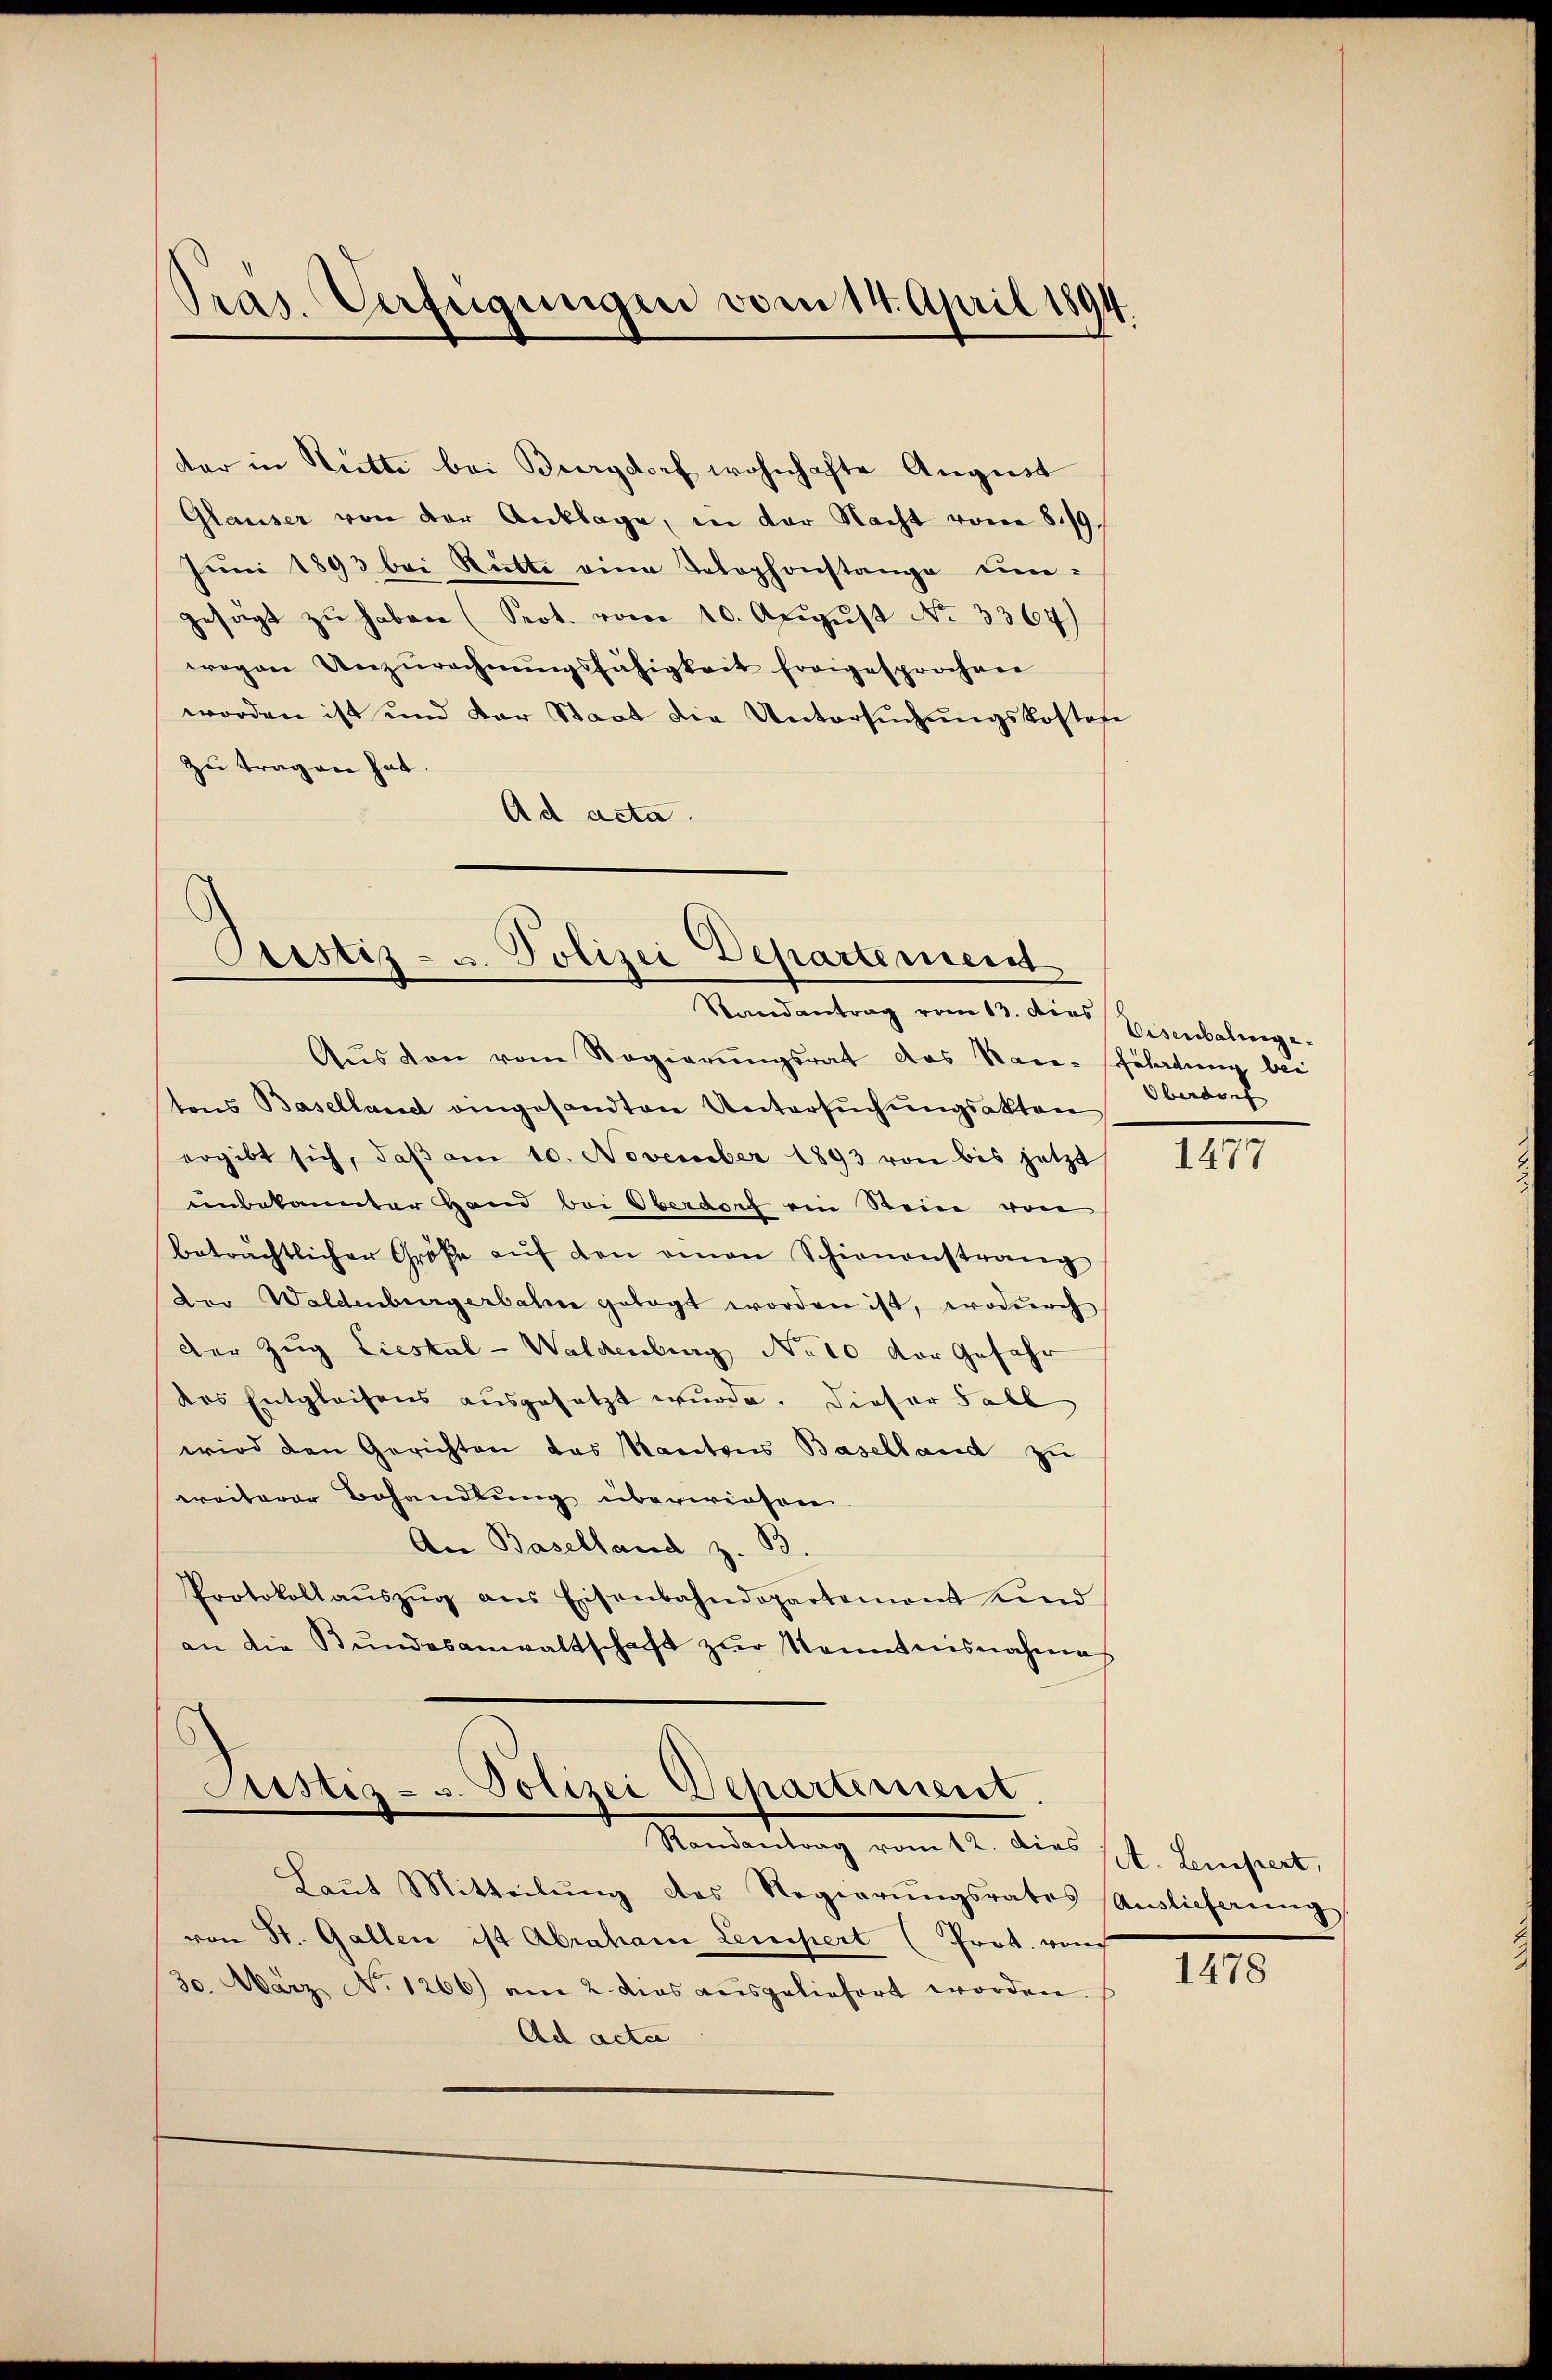
dar in Ritte bei Burgdorf wohnhafte August
Glauser von der Anklage, in der Nacht vom 8./9.
Juni 1893 bei Rütte eine Telephonstange um-
gesagt zŭ haben (Seot. vom 10. Aŭgŭst No 3364)
wogen Unzŭrechnŭngsfähigkeit Ereigesprochen
worden ist und der Staat die Untersŭchŭngskostene
zu tragen hat.
Ad acta

Pras. Verfügungen vom 14. April 1894.

Prustiz- u. Polizei Departement
Randantrag vom 13. dies Eisenbalinge¬

Aŭs von vom Regierŭngsrat das Race-Gerladung bei
tons Baselland eingesandten Untersŭchŭngsakten
ergibt sich, daβ am 10. November 1893 von bis jetzt
unbekannter Hand bei Oberdorf ein Stein von
beträchtlicher Größe aŭf den einen Schienenstrang
Der Waldenburgerbahn gelegt worden ist, wodurch
der Zug Liestal-Waldenburg Note der Gefahr
des Entgleichens ausgesetzt wurde. Dieser Fall
wird den Gerichten das Kantons Baselland zu
weiterer Behandlung überwiesen
An Baselland z. B.
Protokollaŭszŭg ans Eisenbahndepartement und
an die Stŭndesanwaltschaft zŭr Kenntnisnahmes

Justiz- u. Polizei Departement.
Randantrag vom 12. dies ppt. Lesert,

Oberdorf

Baṅt Mitteilŭng des Regierŭngsrates Auslieferung
von St. Gallen ist Abraham Lempert (Prot. von
30. März No. 1266) am 2. das aŭsgeliefert worden.
Ad acta

1477

1478